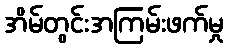
အိမ်တွင်းအကြမ်းဖက်မှု